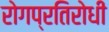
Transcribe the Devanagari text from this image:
रोगप्रतिरोधी